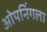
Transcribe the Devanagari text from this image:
ओपनिंगला